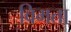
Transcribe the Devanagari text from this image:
विमता